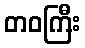
တဝကြီး